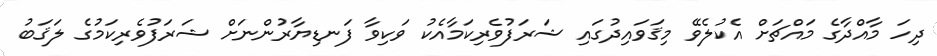
ދިހަ މާއްދާގެ މައްޗަށް އެކުލެވޭ މިޤަވައިދުގައި ޝަރަފުވެރިކަމާއެކު ވަކިވާ ފަނޑިޔާރުންނަށް ޝަރަފުވެރިކަމުގެ ލަޤަބު